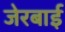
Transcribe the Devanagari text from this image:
जेरबाई